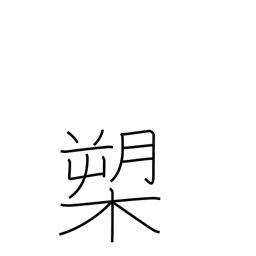
Meaning: halberd